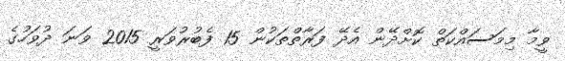
ވީމާ މިމަސައްކަތް ކޮށްދޭން އެދޭ ފަރާތްތަކުން 15 ފެބުރުވަރީ 2015 ވަނަ ދުވަހުގެ